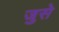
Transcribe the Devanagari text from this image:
जुसे